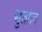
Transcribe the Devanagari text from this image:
सुताल